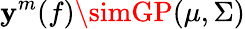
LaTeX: \mathbf{y}^{m}(f)\simGP(\mu,\Sigma)